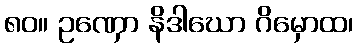
၈၀။ ဥဏှော နိဒါဃော ဂိမှောထ၊